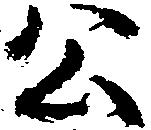
公